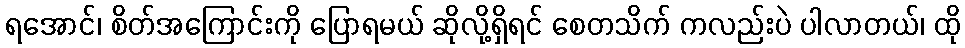
ရအောင်၊ စိတ်အကြောင်းကို ပြောရမယ် ဆိုလို့ရှိရင် စေတသိက် ကလည်းပဲ ပါလာတယ်၊ ထို